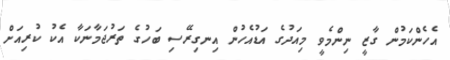
އެހެންކަމުން ގާޒީ ނިންމެވީ މިއަދުގެ އަޑުއެހުން އިނގިރޭސި ބަހުގެ ތަރުޖަމާނަކާ އެކު ކުރިއަށް